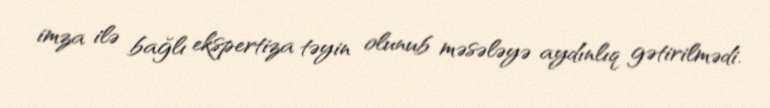
imza ilə bağlı ekspertiza təyin olunub məsələyə aydınlıq gətirilmədi.